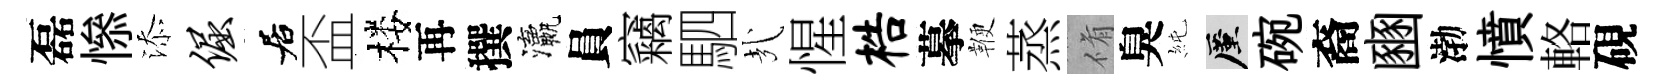
磊𢡖添倔居盃楼再撰瀛員竊駟㢤惺梏摹鞭蒸脩臭純厪碗裔豳渤憤輅硯